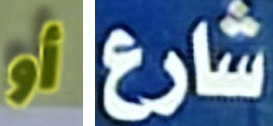
أو شارع